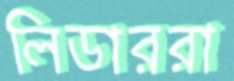
লিডাররা